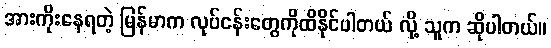
အားကိုးနေရတဲ့ မြန်မာက လုပ်ငန်းတွေကိုထိနိုင်ပါတယ် လို့ သူက ဆိုပါတယ်။